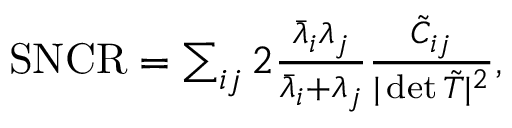
\begin{array} { r } { \mathrm { S N C R } = \sum _ { i j } 2 \frac { \bar { \lambda } _ { i } \lambda _ { j } } { \bar { \lambda } _ { i } + \lambda _ { j } } \frac { \tilde { C } _ { i j } } { \vert \operatorname* { d e t } \tilde { T } \vert ^ { 2 } } , } \end{array}